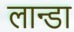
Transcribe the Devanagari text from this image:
लान्डा